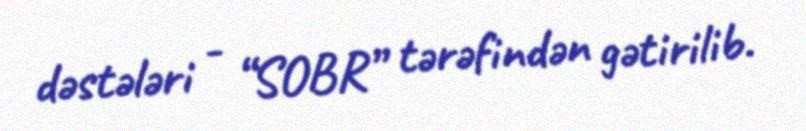
dəstələri - “SOBR” tərəfindən gətirilib.